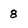
Character: 8